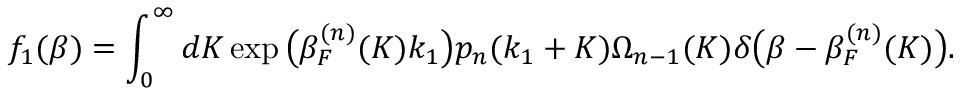
f _ { 1 } ( \beta ) = \int _ { 0 } ^ { \infty } d K \exp \big ( \beta _ { F } ^ { ( n ) } ( K ) k _ { 1 } \big ) p _ { n } ( k _ { 1 } + K ) \Omega _ { n - 1 } ( K ) \delta \big ( \beta - \beta _ { F } ^ { ( n ) } ( K ) \big ) .